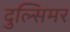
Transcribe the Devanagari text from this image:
दुल्सिमर